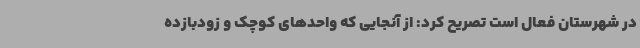
در شهرستان فعال است تصریح کرد: از آنجایی که واحدهای کوچک و زودبازده